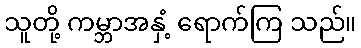
သူတို့ ကမ္ဘာအနှံ့ ရောက်ကြ သည်။